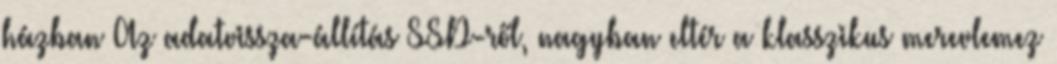
házban Az adatvissza-állítás SSD-ről, nagyban eltér a klasszikus merevlemez